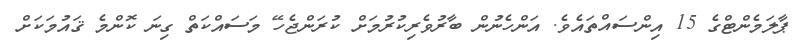
ޕާލަމެންޓްގެ 15 އިންސައްތައެވެ. އަންހެނުން ބާރުވެރިކުރުމަށް ކުރަންޖެހޭ މަސައްކަތް ގިނަ ކޮންމެ ޤައުމަކަށް